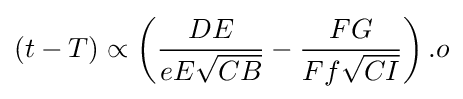
(t-T)\propto \left({\frac {DE}{eE{\sqrt {CB}}}}-{\frac {FG}{Ff{\sqrt {CI}}}}\right).o